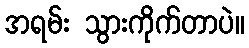
အရမ်း သွားကိုက်တာပဲ။